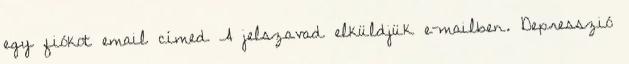
egy fiókot email címed A jelszavad elküldjük e-mailben. Depresszió